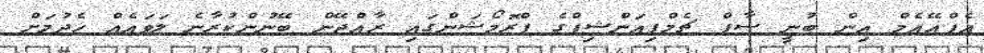
އެފްއޭއެމް އިން ބުނީ ސާފް ޗެމްޕިއަންޝިޕްގެ ޕްރޮމޯޝަންގައި ރާއްޖޭން ބޭނުންކުރާނެ ލަވައެއް ހެދުމަށް